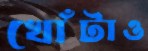
খোঁটাও